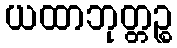
ယထာဘုတ္တဉ္စ